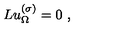
L u _ { \Omega } ^ { ( \sigma ) } = 0 \ ,